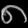
Digit: ၈